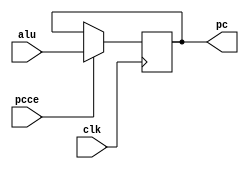
module pc_reg(
    clk,
    pcce, 
    alu, 
    pc
    );

    input clk,pcce;
    input [15:0] alu;
    output [15:0] pc;

    reg [15:0] pc;

    always @(negedge clk) begin
        if(pcce) pc <= alu[15:0];
    end

endmodule